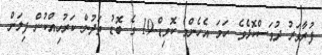
ފުރާވަރު ދުވަސްކޮޅެވެ. ހަމަ އެހެންމެ ކޮވިޑް-19 ގެ ބޮޑު ތަދުން ކަރުހިއްކުން ފިލަން